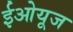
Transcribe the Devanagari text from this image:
ईओयूज